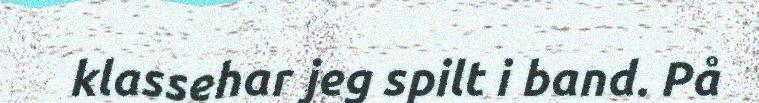
klassehar jeg spilt i band. På